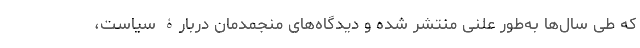
که طی سال‌ها به‌طور علنی منتشر شده و دیدگاه‌های منجمدمان دربارۀ سیاست،